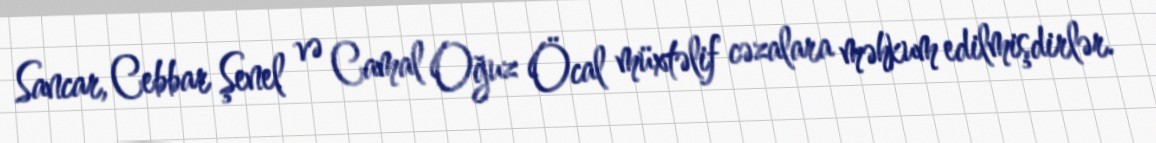
Sancar, Cebbar Şenel və Camal Oğuz Öcal müxtəlif cəzalara məhkum edilmişdirlər.